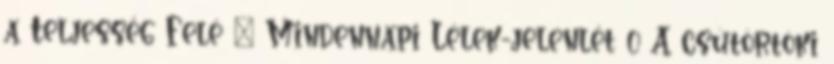
a Teljesség Felé – Mindennapi Lélek-jelenlét 0 A csütörtöki